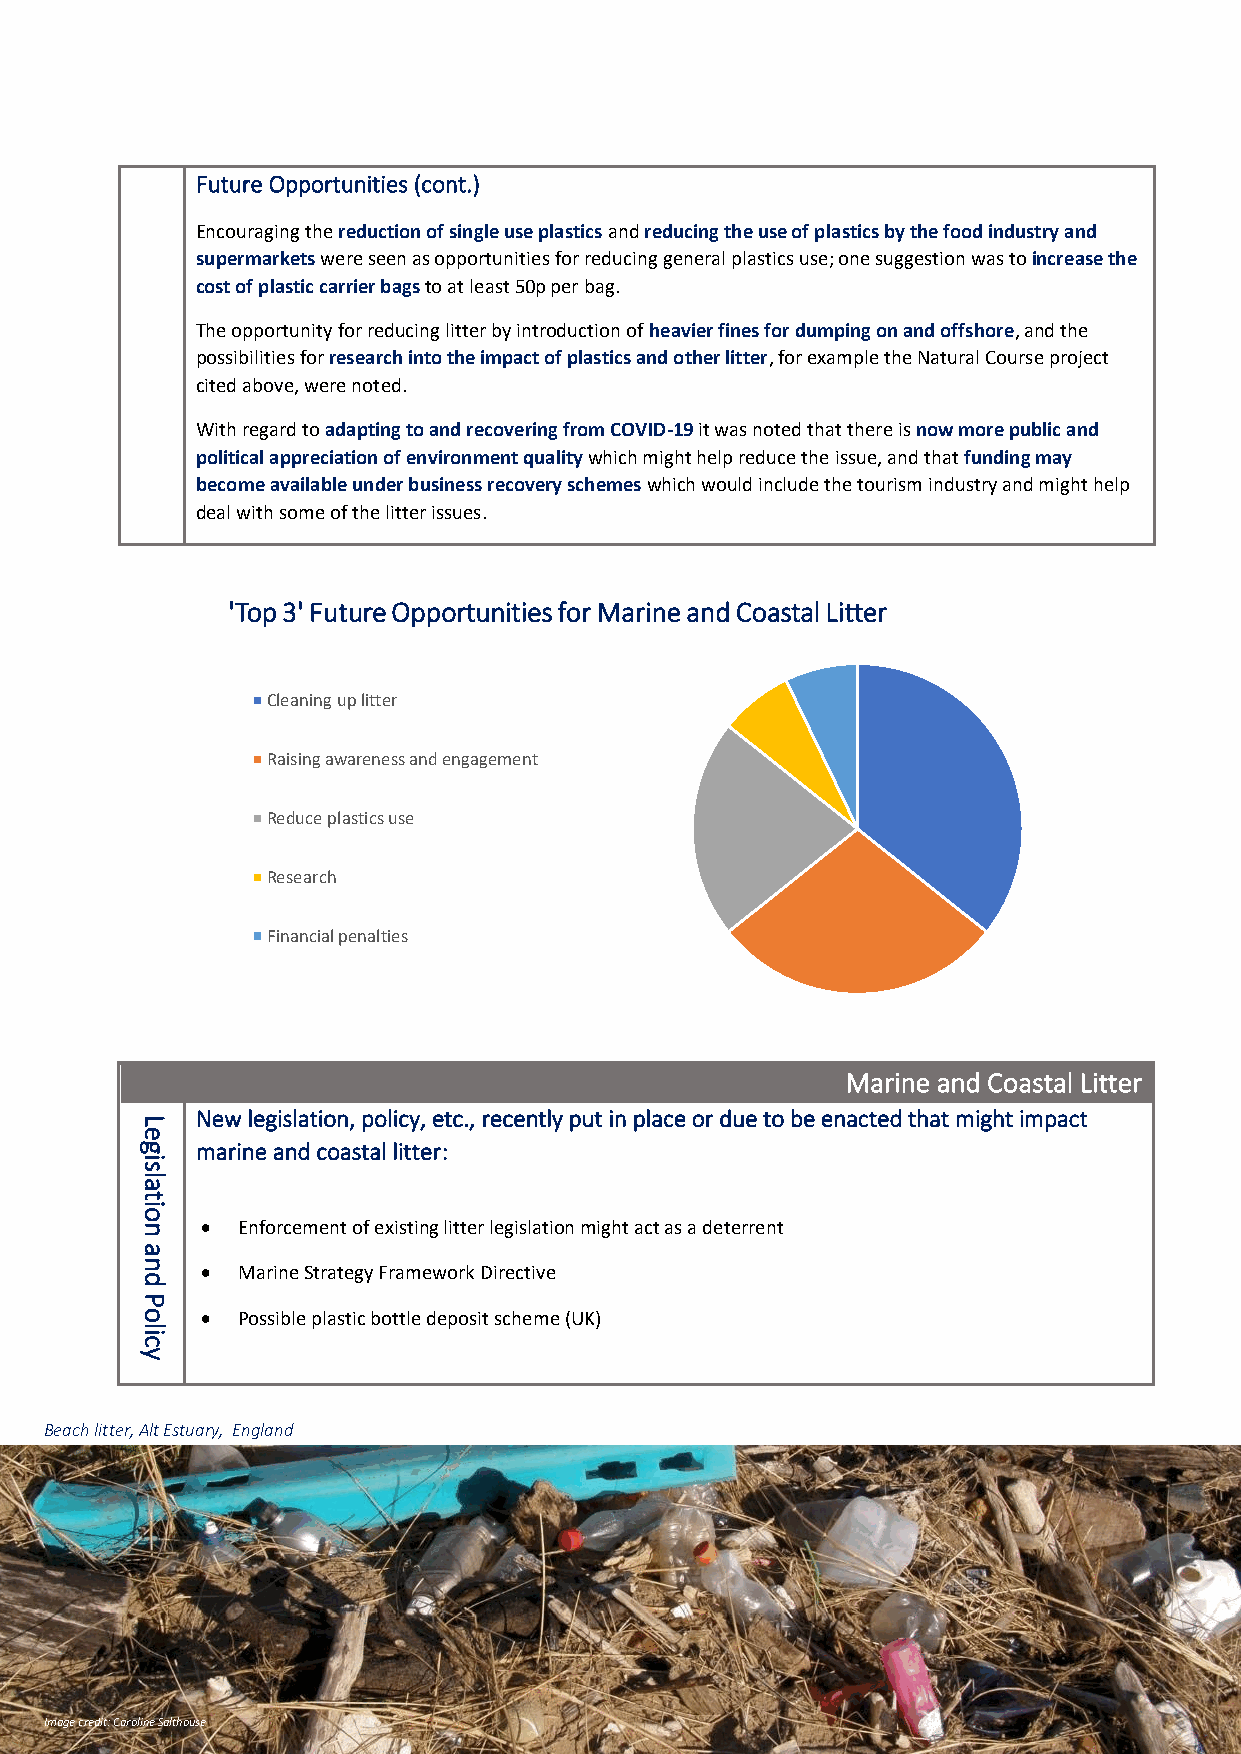
Future Opportunities (cont.)
 Encouraging the reduction of single use plastics and reducing the use of plastics by the food industry and
 supermarkets were seen as opportunities for reducing general plastics use; one suggestion was to increase the
 cost of plastic carrier bags to at least 50p per bag.
 The opportunity for reducing litter by introduction of heavier fines for dumping on and offshore, and the
 possibilities for research into the impact of plastics and other litter, for example the Natural Course project
 cited above, were noted.
 With regard to adapting to and recovering from COVID-19 it was noted that there is now more public and
 political appreciation of environment quality which might help reduce the issue, and that funding may
 become available under business recovery schemes which would include the tourism industry and might help
 deal with some of the litter issues.
 'Top 3' Future Opportunities for Marine and Coastal Litter
 Cleaning up litter
 Raising awareness and engagement
 Reduce plastics use
 Research
 Financial penalties
 Marine and Coastal Litter
 New legislation, policy, etc., recently put in place or due to be enacted that might impact
 L
 e
 g   marine and coastal litter:
 i
 s
 la
 t
 io
 n   •  Enforcement of existing litter legislation might act as a deterrent
 a
 n   •  Marine Strategy Framework Directive
 d
 P
 o   •  Possible plastic bottle deposit scheme (UK)
 lic
 y
 Beach litter, Alt Estuary, England
 Image credit: Caroline Salthouse